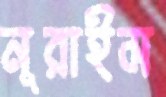
নূরাইম